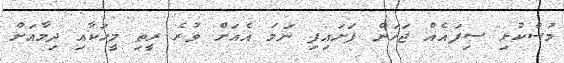
މުސްކުޅި ސިފައެއް ޖަހަން ފަށައިފި ނަމަ އެއަށް ވުރެ ރީތި މީހަކާއި ދިމާއަށް